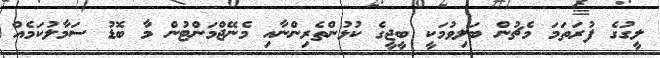
ލީގުގެ ފުރަތަމަ މެޗުން ބަލިވުމަކީ ބީޖީގެ ކުޅުންތެރިންނާއި މެނޭޖްމަންޓުން މާ ބޮޑު ސަމާލުކަމެއް